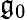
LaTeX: {\mathfrak{g}}_{0}